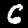
Digit: 6